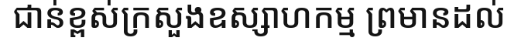
ជាន់ខ្ពស់ក្រសួងឧស្សាហកម្ម ព្រមានដល់